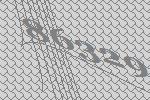
86329